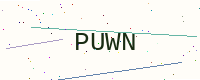
Text: PUWN